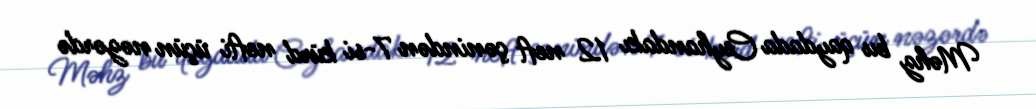
Məhz bu qaydada Ceyhandakı 12 neft çənindən 7-si kürd nefti üçün nəzərdə